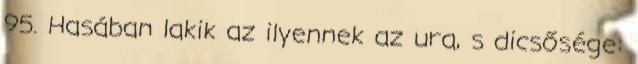
95. Hasában lakik az ilyennek az ura, s dicsősége: